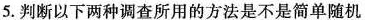
5.判断以下两种调查所用的方法是不是简单随机